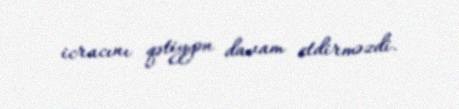
icracını qətiyyən davam etdirməzdi.